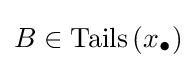
B\in \operatorname {Tails} \left(x_{\bullet }\right)